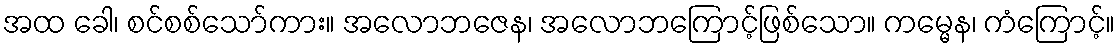
အထ ခေါ၊ စင်စစ်သော်ကား။ အလောဘဇေန၊ အလောဘကြောင့်ဖြစ်သော။ ကမ္မေန၊ ကံကြောင့်။